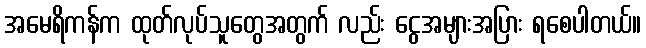
အမေရိကန်က ထုတ်လုပ်သူတွေအတွက် လည်း ငွေအများအပြား ရစေပါတယ်။